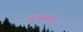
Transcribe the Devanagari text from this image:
फूलबाबू